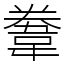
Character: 韏